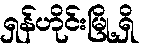
ရှန်ဟိုင်းမြို့ရှိ